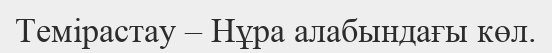
Темірастау – Нұра алабындағы көл.